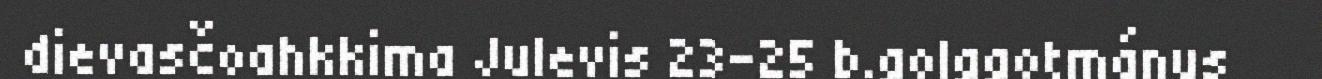
dievasčoahkkima Julevis 23-25 b.golggotmánus